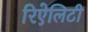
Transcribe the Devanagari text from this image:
रिऐलिटी